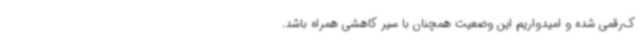
ک‌رقمی شده و امیدواریم این وضعیت همچنان با سیر کاهشی همراه باشد.